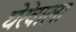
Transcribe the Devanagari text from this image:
घेरेवाला